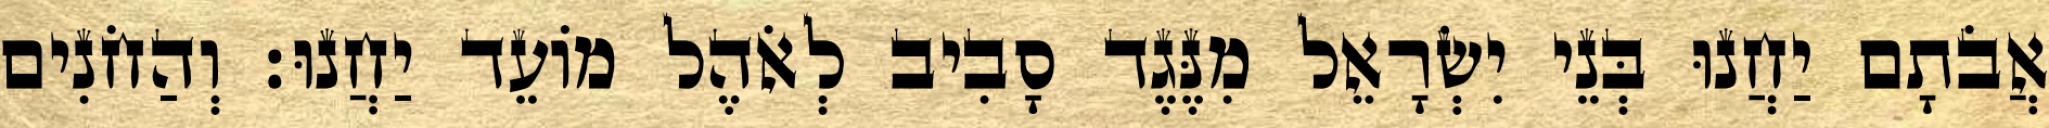
אֲבֹתָם יַחֲנוּ בְּנֵי יִשְׂרָאֵל מִנֶּגֶד סָבִיב לְאֹהֶל מוֹעֵד יַחֲנוּ׃ וְהַחֹנִים